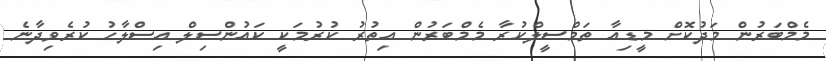
މެމްބަރުން މަދުކޮށް މީޑިއާ ތަމްސީލްކުރާ މެމްބަރުން އިތުރު ކުރުމަކީ ކައުންސިލް އިސްލާހު ކުރެވިދާނެ